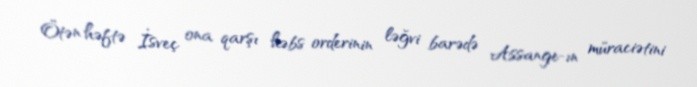
Ötən həftə İsveç ona qarşı həbs orderinin ləğvi barədə Assange-ın müraciətini